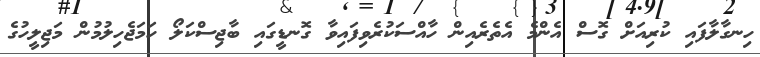
ހިނގާލާފައި ކުރިއަށް ގޮސް އެންމެ އެތެރެއިން ހާއްސަކުރެވިފައިވާ ގޮނޑީގައި ބާޖިސްކަލޯ ހަމަޖެހިލުމުން މަޖިލީހުގެ